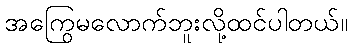
အကြွေမလောက်ဘူးလို့ထင်ပါတယ်။